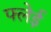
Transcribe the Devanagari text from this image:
फ्लेई